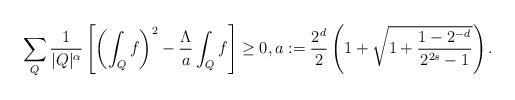
LaTeX: \begin{align*} \sum_{Q} \frac{1}{|Q|^{\alpha}} \left[ \left(\int_{Q} f \right)^2 - \frac{\Lambda}{a} \int_{Q} f \right] \ge 0, a:= \frac{2^d}{2}\left(1 + \sqrt{1 + \frac{1-2^{-d}}{2^{2s}-1} } \right).\end{align*}